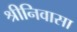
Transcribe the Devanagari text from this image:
श्रीनिवासा